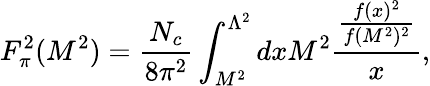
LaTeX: F_{\pi}^{2}(M^{2})=\frac{N_{c}}{8\pi^{2}}\int_{M^{2}}^{\Lambda^{2}}dxM^{2}\frac{\frac{f(x)^{2}}{f(M^{2})^{2}}}{x},